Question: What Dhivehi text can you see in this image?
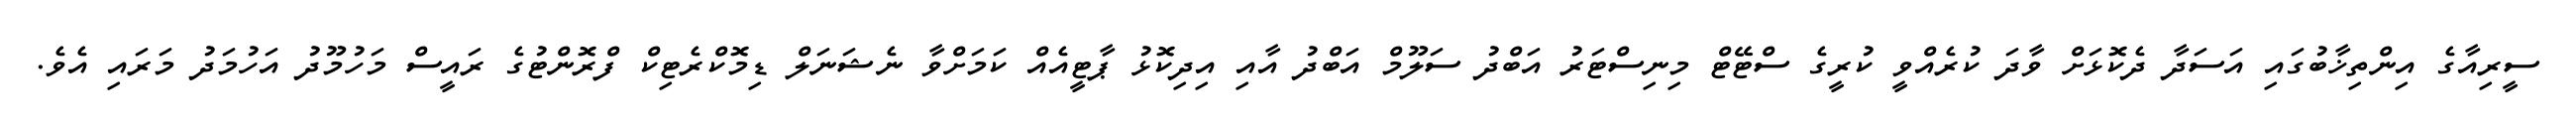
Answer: ސީރިއާގެ އިންތިޚާބުގައި އަސަދާ ދެކޮޅަށް ވާދަ ކުރެއްވީ ކުރީގެ ސްޓޭޓް މިނިސްޓަރު އަބްދު ސަލޫމް އަބްދު އާއި އިދިކޮޅު ޕާޓީއެއް ކަމަށްވާ ނެޝަނަލް ޑިމޮކްރެޓިކް ފްރޮންޓުގެ ރައީސް މަހުމޫދު އަހުމަދު މަރައި އެވެ.